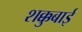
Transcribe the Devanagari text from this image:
शक्कुबाई